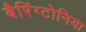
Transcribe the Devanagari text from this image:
बैरिंग्टोनिया